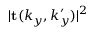
| \mathbf { t } ( k _ { y } , k _ { y } ^ { \prime } ) | ^ { 2 }